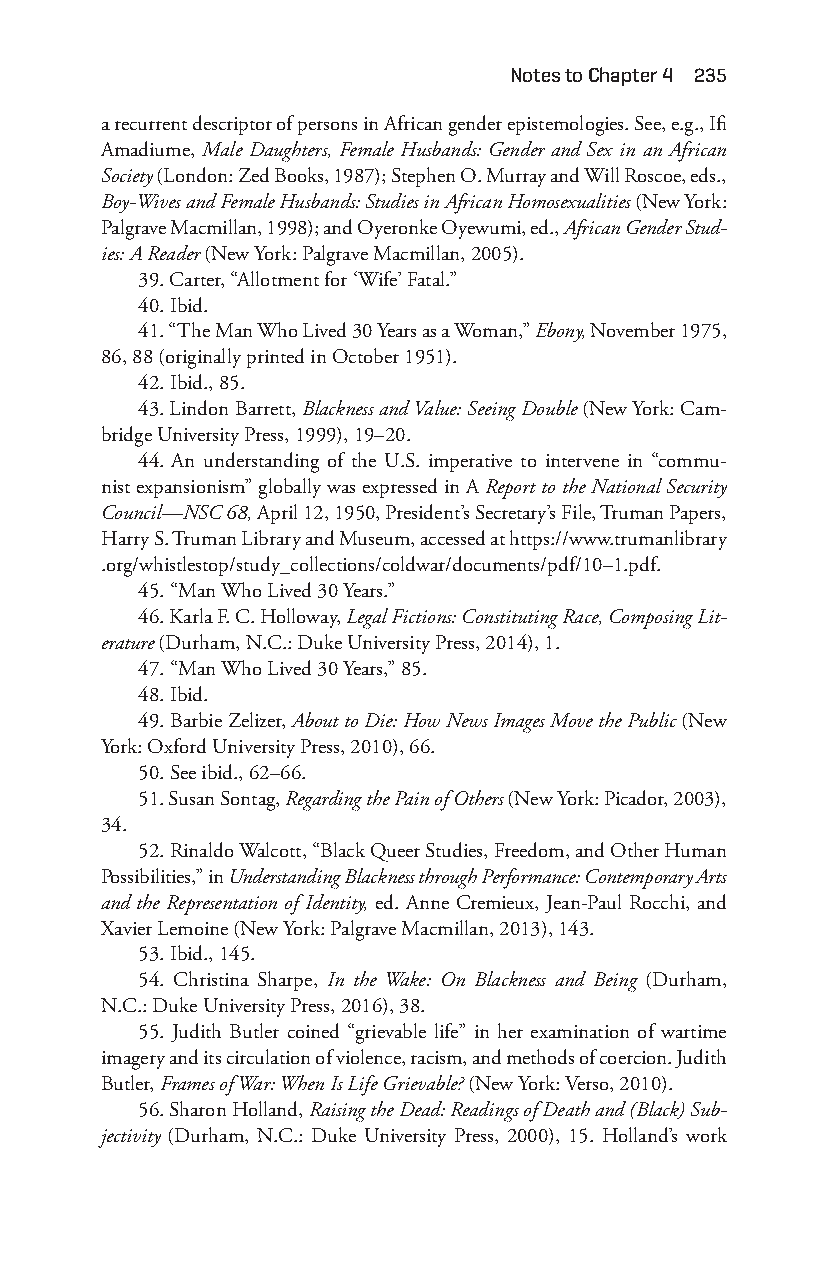
notes to chapter 4 235
 a recurrent descriptor of persons in African gender epistemologies. See, e.g., Ifi
 Amadiume, Male Daughters, Female Husbands: Gender and Sex in an African
 Society (London: Zed Books, 1987); Stephen O. Murray and Will Roscoe, eds.,
 Boy- Wives and Female Husbands: Studies in African Homosexualities (New York:
 Palgrave Macmillan, 1998); and Oyeronke Oyewumi, ed., African Gender Stud-
 ies: A Reader (New York: Palgrave Macmillan, 2005).
 39. Carter, “Allotment for ‘Wife’ Fatal.”
 40. Ibid.
 41. “The Man Who Lived 30 Years as a Woman,” Ebony, November 1975,
 86, 88 (originally printed in October 1951).
 42. Ibid., 85.
 43. Lindon Barrett, Blackness and Value: Seeing Double (New York: Cam-
 bridge University Press, 1999), 19– 20.
 44. An understanding of the U.S. imperative to intervene in “commu-
 nist expansionism” globally was expressed in A Report to the National Security
 Council— NSC 68, April 12, 1950, President’s Secretary’s File, Truman Papers,
 Harry S. Truman Library and Museum, accessed at https://www.trumanlibrary
 .org/whistlestop/study_collections/coldwar/documents/pdf/10–1.pdf.
 45. “Man Who Lived 30 Years.”
 46. Karla F. C. Holloway, Legal Fictions: Constituting Race, Composing Lit-
 erature (Durham, N.C.: Duke University Press, 2014), 1.
 47. “Man Who Lived 30 Years,” 85.
 48. Ibid.
 49. Barbie Zelizer, About to Die: How News Images Move the Public (New
 York: Oxford University Press, 2010), 66.
 50. See ibid., 62– 66.
 51. Susan Sontag, Regarding the Pain of Others (New York: Picador, 2003),
 34.
 52. Rinaldo Walcott, “Black Queer Studies, Freedom, and Other Human
 Possibilities,” in Understanding Blackness through Performance: Contemporary Arts
 and the Representation of Identity, ed. Anne Cremieux, Jean-P aul Rocchi, and
 Xavier Lemoine (New York: Palgrave Macmillan, 2013), 143.
 53. Ibid., 145.
 54. Christina Sharpe, In the Wake: On Blackness and Being (Durham,
 N.C.: Duke University Press, 2016), 38.
 55. Judith Butler coined “grievable life” in her examination of wartime
 imagery and its circulation of violence, racism, and methods of coercion. Judith
 Butler, Frames of War: When Is Life Grievable? (New York: Verso, 2010).
 56. Sharon Holland, Raising the Dead: Readings of Death and (Black) Sub-
 jectivity (Durham, N.C.: Duke University Press, 2000), 15. Holland’s work
 Snorton.indd 235                            29/09/2017 8:41:13 AM